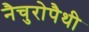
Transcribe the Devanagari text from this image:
नैचुरोपैथी